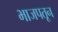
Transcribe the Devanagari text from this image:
भाजपतून